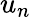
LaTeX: u_{n}